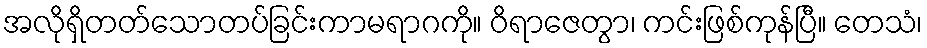
အလိုရှိတတ်သောတပ်ခြင်းကာမရာဂကို။ ဝိရာဇေတွာ၊ ကင်းဖြစ်ကုန်ပြီ။ တေသံ၊